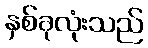
နှစ်ခုလုံးသည်